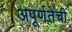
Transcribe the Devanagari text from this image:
अपूर्णतेची